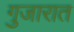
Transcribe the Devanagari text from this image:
गुजारात